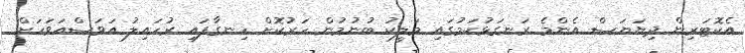
އެކޮޓަރިން ދިޔަޔަސް އެންމެ ރަނގަޅުކަމުގައި މަލީކު ބުނުމުން ހަރުކޮށް ހިނގާފައި ރުހައިލު އަވަސްއަވަހަށް